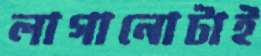
লাগানোটাই